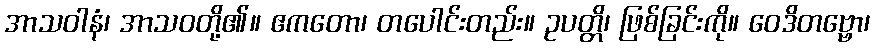
အာသဝါနံ၊ အာသဝတို့၏။ ဧကတော၊ တပေါင်းတည်း။ ဥပတ္တိ၊ ဖြစ်ခြင်းကို။ ဝေဒိတဗ္ဗော၊